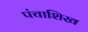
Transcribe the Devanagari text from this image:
पंचाशिख